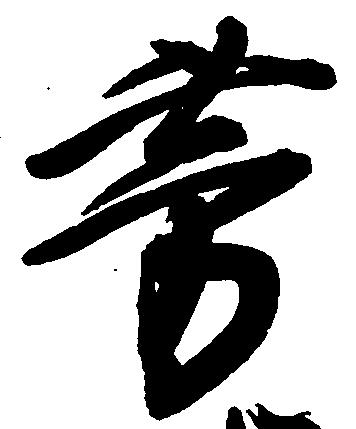
芳